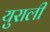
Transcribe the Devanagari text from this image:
युराली